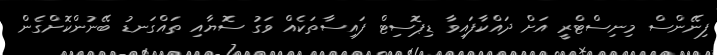
ފިނޭންސް މިނިސްޓްރީ އަށް ދައްކާފައިވާ ޑިޕޮސިޓް ފައިސާތަކެއް ވަގު ސޮޔާއި ތައްގަނޑު ބޭނުންކޮށްގެން